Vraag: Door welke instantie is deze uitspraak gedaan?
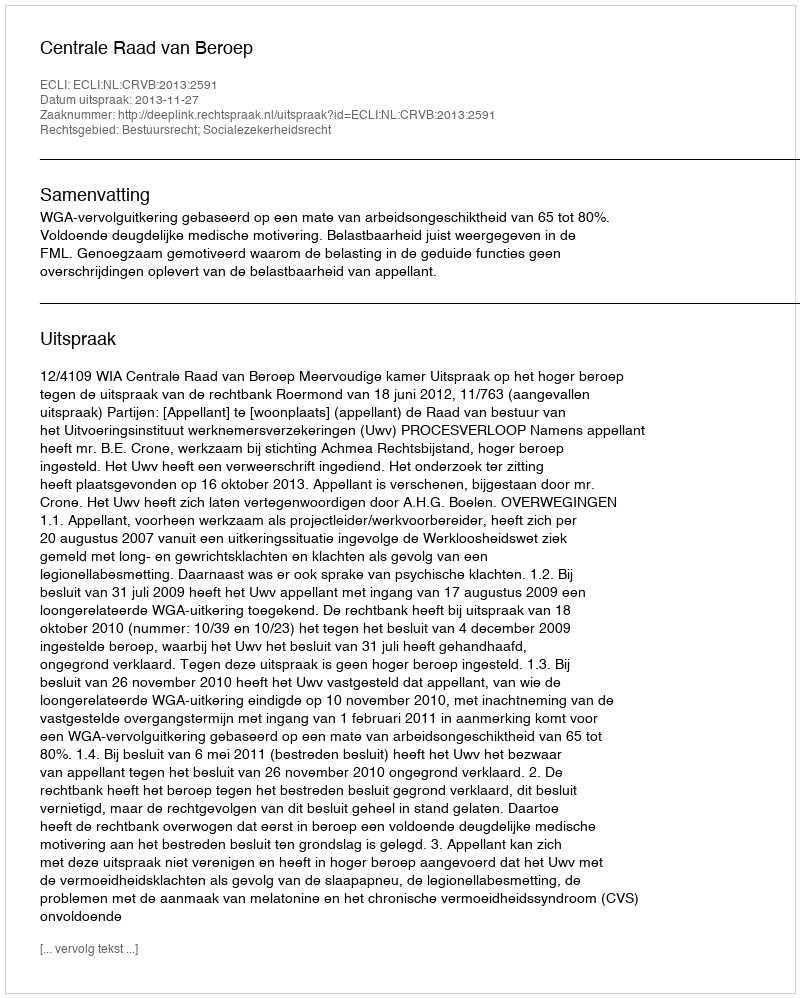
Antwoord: Centrale Raad van Beroep